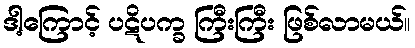
ဒါ့ကြောင့် ပဋိပက္ခ ကြီးကြီး ဖြစ်လာမယ်။